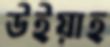
উইয়াহ